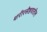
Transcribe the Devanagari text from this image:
शरीरसैष्ठवातील